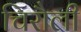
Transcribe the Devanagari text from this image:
चिरौली